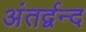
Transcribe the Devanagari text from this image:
अंतर्द्वन्द